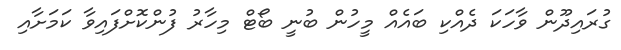
ގުރައިދޫން ވާހަކަ ދެއްކި ބައެއް މީހުން ބުނީ ބޯޓް މިހާރު ފުންކޮށްފައިވާ ކަމަށާއި